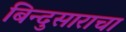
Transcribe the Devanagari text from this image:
बिन्दुसाराचा